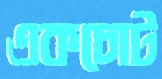
একচোট